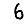
Digit: 6